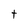
Character: t